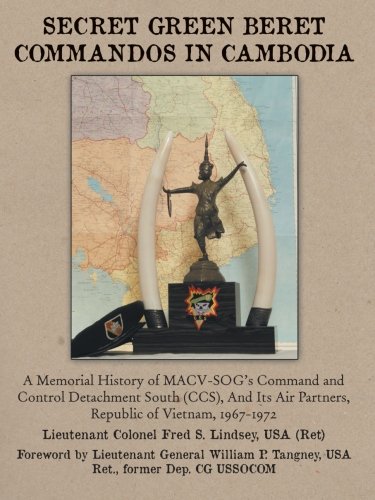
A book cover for Secret Green Beret Commandos In Cambodia: A Memorial History of MACVSOG's Command and Control Detachment South (CCS) And Its Air Partners, Republic of Vietnam, 19671972; LTC Fred S. Lindsey USA Re; History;